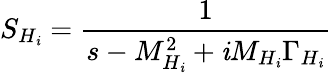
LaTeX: S_{H_{\mathit{i}}}={\frac{{1}}{{s-M_{H_{\mathit{i}}}^{2}+\mathit{i}M_{H_{\mathit{i}}}\Gamma_{H_{\mathit{i}}}}}}